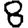
Digit: 8